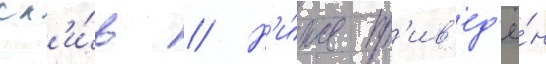
сл'и́в // Н'и́же пр'ив'ед'ё́н